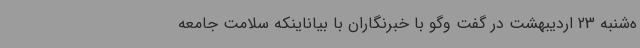
ه‌شنبه 23 اردیبهشت در گفت وگو با خبرنگاران با بیاناینکه سلامت جامعه